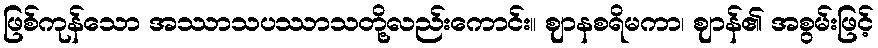
ဖြစ်ကုန်သော အဿာသပဿာသတို့လည်းကောင်း။ ဈာနစရိမကာ၊ ဈာန်၏ အစွမ်းဖြင့်